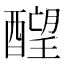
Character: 𬪶